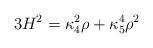
LaTeX: \begin{align*} 3H^2 = \kappa_4^2 \rho + \kappa_5^4 \rho^2\end{align*}